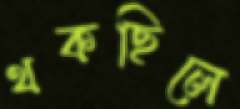
থকছিলে